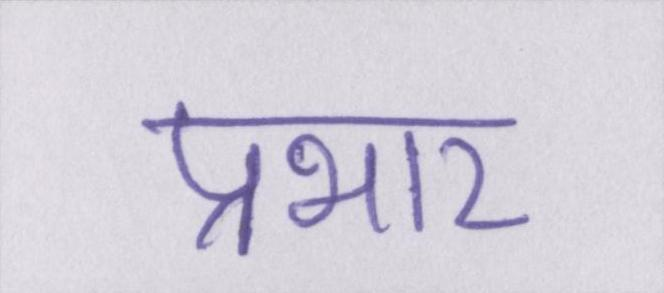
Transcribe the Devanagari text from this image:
प्रभार